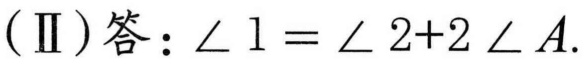
（Ⅱ）答：\(\angle\ 1=\angle\ 2 + 2\angle\ A\).